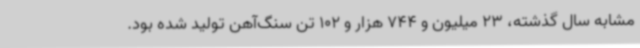
مشابه سال گذشته، 23 میلیون و 744 هزار و 102 تن سنگ‌آهن تولید شده بود.